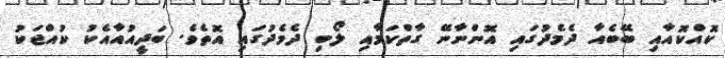
ކޮއްކޮއާއި ބޭބެއާ ދެމެދުގައި އޮންނާނޭ ގާތްކަމާއި ލޯބި ދެމެދުގައި އޮތެވެ. ބަދީއުއާއެކު ކުއްޖަކު